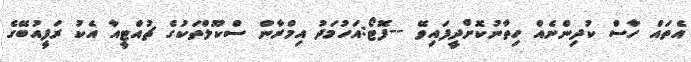
އެތައް ހާސް ކުދިންނެއް ހިތާނުކޮށްދީފައިވޭ --ފޮޓޯ:އަހުމަދު އިމްރާން ސްކޫލްތަކުގެ ޗުއްޓީއާ އެކު ރަފީއުބޭގެ